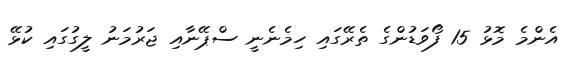
އެންމެ މޮޅު 15 ފޯވަޑުންގެ ތެރޭގައި ހިމެނެނީ ސްޕޭނާއި ޖަރުމަނު ލީގުގައި ކުޅޭ